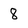
Character: 8